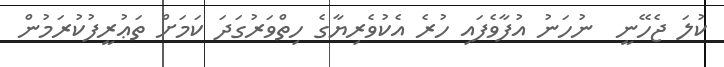
ކުލަ ޖެހޭނީ  ނުހަނު އުފާވެފައި ހުރެ އެކުވެރިޔާގެ ހިތްވަރުގަދަ ކަމަށް ތަޢުރީފުކުރަމުން